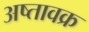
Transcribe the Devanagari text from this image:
अष्तावक्र